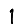
Digit: 1